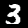
Label: 3